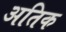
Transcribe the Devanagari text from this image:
अतिक